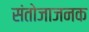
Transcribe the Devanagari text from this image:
संतोजाजनक